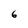
Character: 6